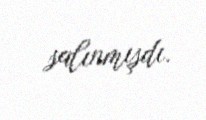
salınmışdı.